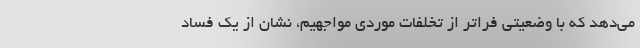
می‌دهد که با وضعیتی فراتر از تخلفات موردی مواجهیم، نشان از یک فساد